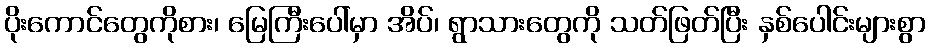
ပိုးကောင်တွေကိုစား၊ မြေကြီးပေါ်မှာ အိပ်၊ ရွာသားတွေကို သတ်ဖြတ်ပြီး နှစ်ပေါင်းများစွာ